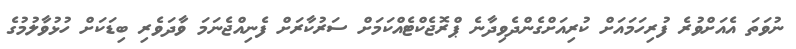
ނުވަތަ އެއަށްވުރެ ފުރިހަމައަށް ކުރިއަށްގެންދެވިދާނެ ޕްރޮޖެކްޓެއްކަމަށް ސަރުކާރަށް ފެނިއްޖެނަމަ ވާދަވެރި ބިިޑަކަށް ހުޅުުވާލުމުގެ